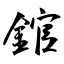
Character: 錧